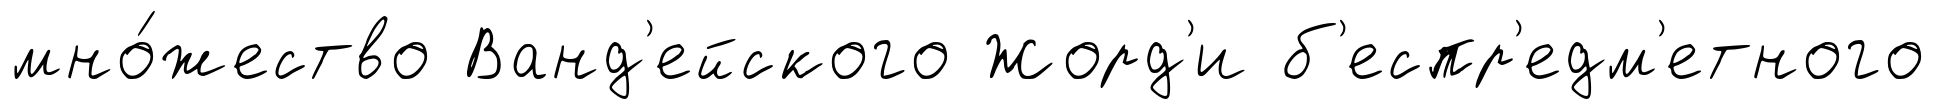
мно́жество Ванд'ейского Жорд'и б'еспр'едм'етного